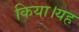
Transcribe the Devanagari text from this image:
किया।यह